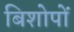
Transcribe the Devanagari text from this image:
बिशोपों